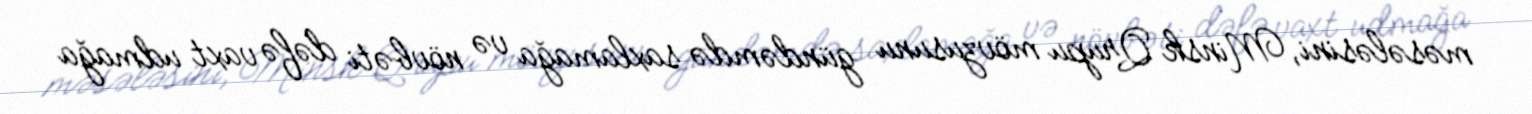
məsələsini, Minsk Qrupu mövzusunu gündəmdə saxlamağa və növbəti dəfə vaxt udmağa